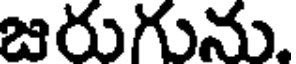
జరుగును.